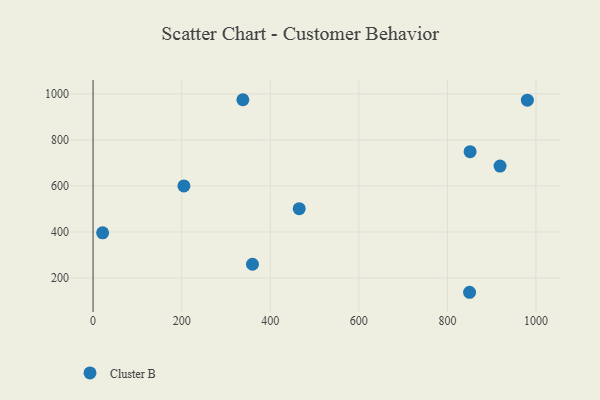
{"axis": {"x": "Experience", "y": "Salary"}, "legend": ["Cluster B"], "data": [{"x": "980.5", "y": 972.8, "type": "Cluster B"}, {"x": "918.8", "y": 686.2, "type": "Cluster B"}, {"x": "205.1", "y": 600.2, "type": "Cluster B"}, {"x": "338.2", "y": 974.8, "type": "Cluster B"}, {"x": "465.4", "y": 501.3, "type": "Cluster B"}, {"x": "850.0", "y": 137.7, "type": "Cluster B"}, {"x": "359.9", "y": 259.5, "type": "Cluster B"}, {"x": "21.6", "y": 396.0, "type": "Cluster B"}, {"x": "851.2", "y": 748.9, "type": "Cluster B"}]}